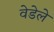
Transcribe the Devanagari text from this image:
वेडेले